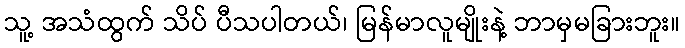
သူ့ အသံထွက် သိပ် ပီသပါတယ်၊ မြန်မာလူမျိုးနဲ့ ဘာမှမခြားဘူး။